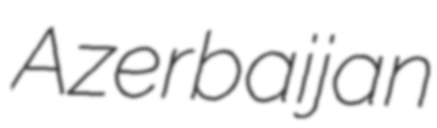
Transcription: Azerbaijan